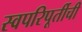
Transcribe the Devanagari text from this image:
स्वपरिपूर्तीची